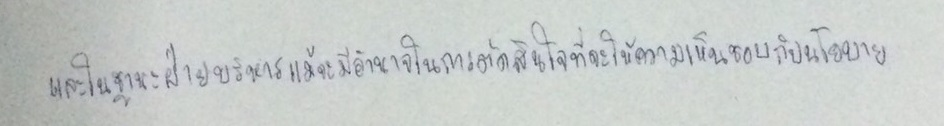
และในฐานะฝ่ายบริหารแม้จะมีอำนาจในการตัดสินใจที่จะให้ความเห็นชอบกับนโยบาย